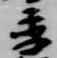
季